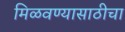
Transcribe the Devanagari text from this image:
मिळवण्यासाठीचा